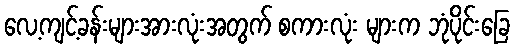
လေ့ကျင့်ခန်းများအားလုံးအတွက် စကားလုံး များက ဘုံပိုင်းခြေ